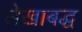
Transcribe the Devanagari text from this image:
लेखाबद्ध